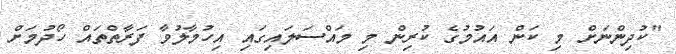
"ކުދިންނަށް މި ކަން އައުމުގެ ކުރިން މި މައްސަލައިގައި އިހުމާލުވާ ފަރާތްތައް ހޯދުމަށް